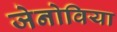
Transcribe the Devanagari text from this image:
जेनोविया